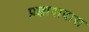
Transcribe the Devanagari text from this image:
प्रज्ञावादास